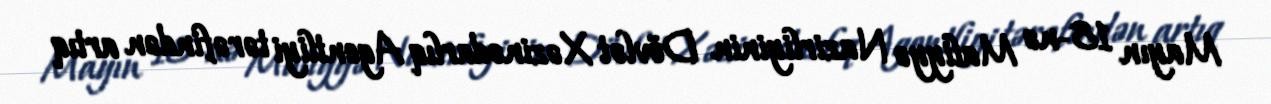
Mayın 18-nə Maliyyə Nazirliyinin Dövlət Xəzinədarlıq Agentliyi tərəfindən artıq